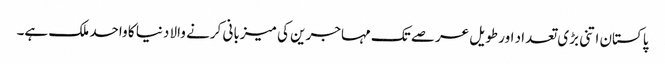
پاکستان اتنی بڑی تعداد اور طویل عرصے تک مہاجرین کی میزبانی کرنے والا دنیا کا واحد ملک ہے۔